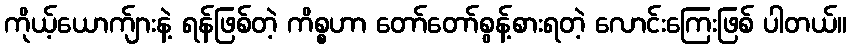
ကိုယ့်ယောက်ျားနဲ့ ရန်ဖြစ်တဲ့ ကိစ္စဟာ တော်တော်စွန့်စားရတဲ့ လောင်းကြေးဖြစ် ပါတယ်။